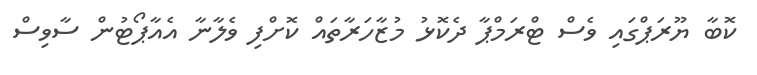
ކޮބާ ޔޫރަޕްގައި ވެސް ޓްރަމްޕާ ދެކޮޅު މުޒާހަރާތައް ކޮށްފި ވެލާނާ އެއާޕޯޓުން ސާވިސް